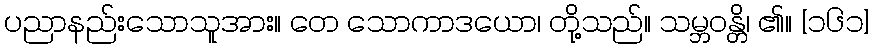
ပညာနည်းသောသူအား။ တေ သောကာဒယော၊ တို့သည်။ သမ္ဘဝန္တိ၊ ၏။ [၁၆၁]